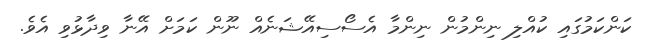
ކަންކަމުގައި ކުއްލި ނިންމުން ނިންމާ އެސޯސިއޭޝަނެއް ނޫން ކަމަށް އޭނާ ވިދާޅުވި އެވެ.